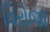
વિરોજા